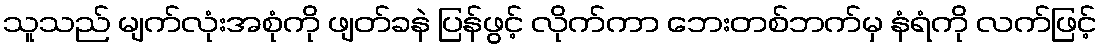
သူသည် မျက်လုံးအစုံကို ဖျတ်ခနဲ ပြန်ဖွင့် လိုက်ကာ ဘေးတစ်ဘက်မှ နံရံကို လက်ဖြင့်